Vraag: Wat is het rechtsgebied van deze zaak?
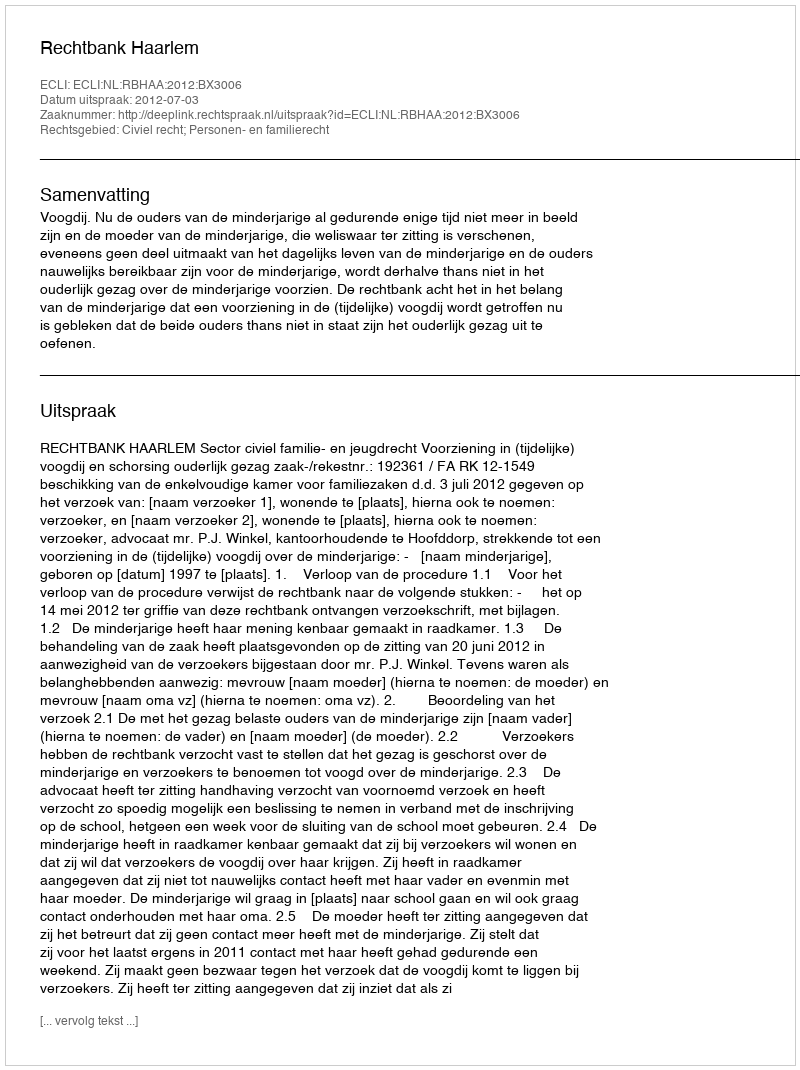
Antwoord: Civiel recht; Personen- en familierecht